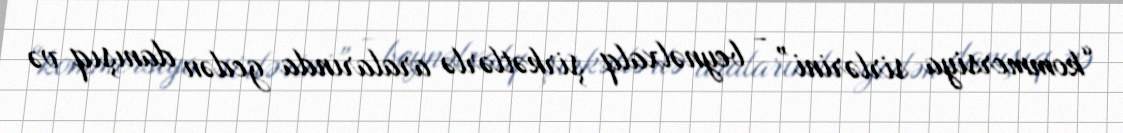
“kommersiya sirlərini” - beynəlxalq şirkətlərlə aralarında gedən danışıq və